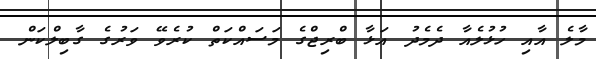
މާލެ އާއި ހުޅުލެއާ ދެމެދު އަޅާ ބްރިޖްގެ މަސައްކަތް ކުރެވޭ ވަރުގެ ގާބިލްކަން